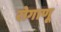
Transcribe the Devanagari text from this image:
रोगाणू